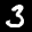
Label: 3